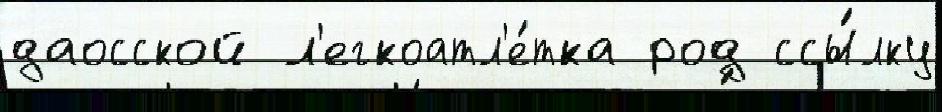
даосской л'егкоатл'е́тка род ссы́лку